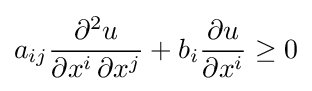
a_{ij}{\frac {\partial ^{2}u}{\partial x^{i}\,\partial x^{j}}}+b_{i}{\frac {\partial u}{\partial x^{i}}}\geq 0